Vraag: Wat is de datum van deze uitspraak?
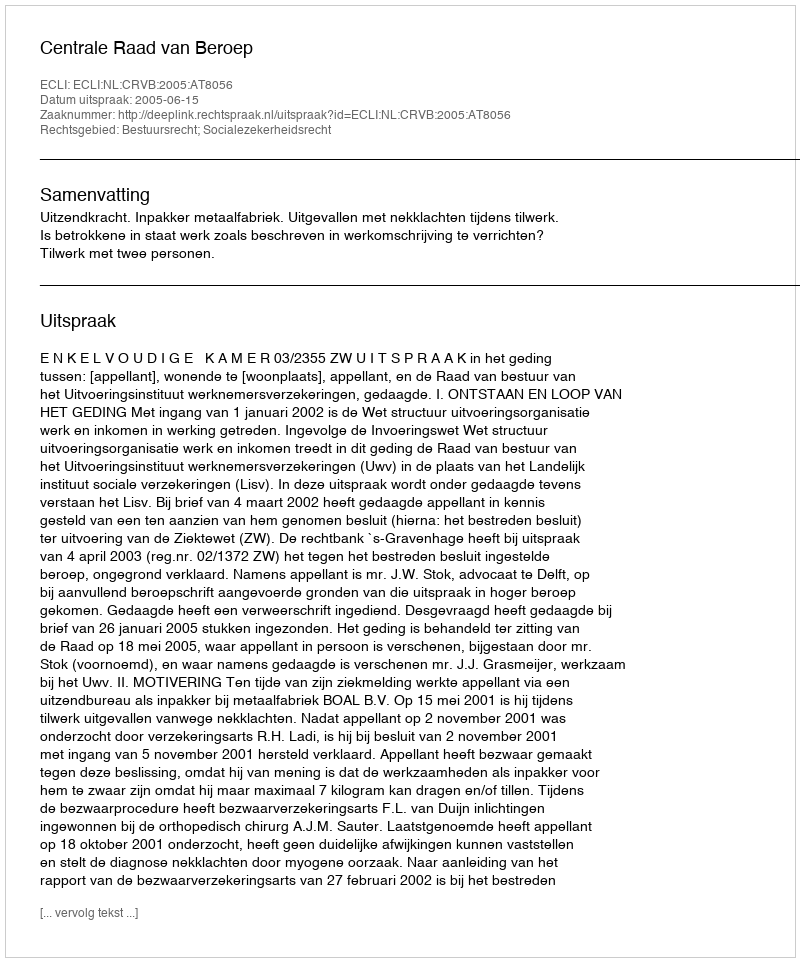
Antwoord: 2005-06-15